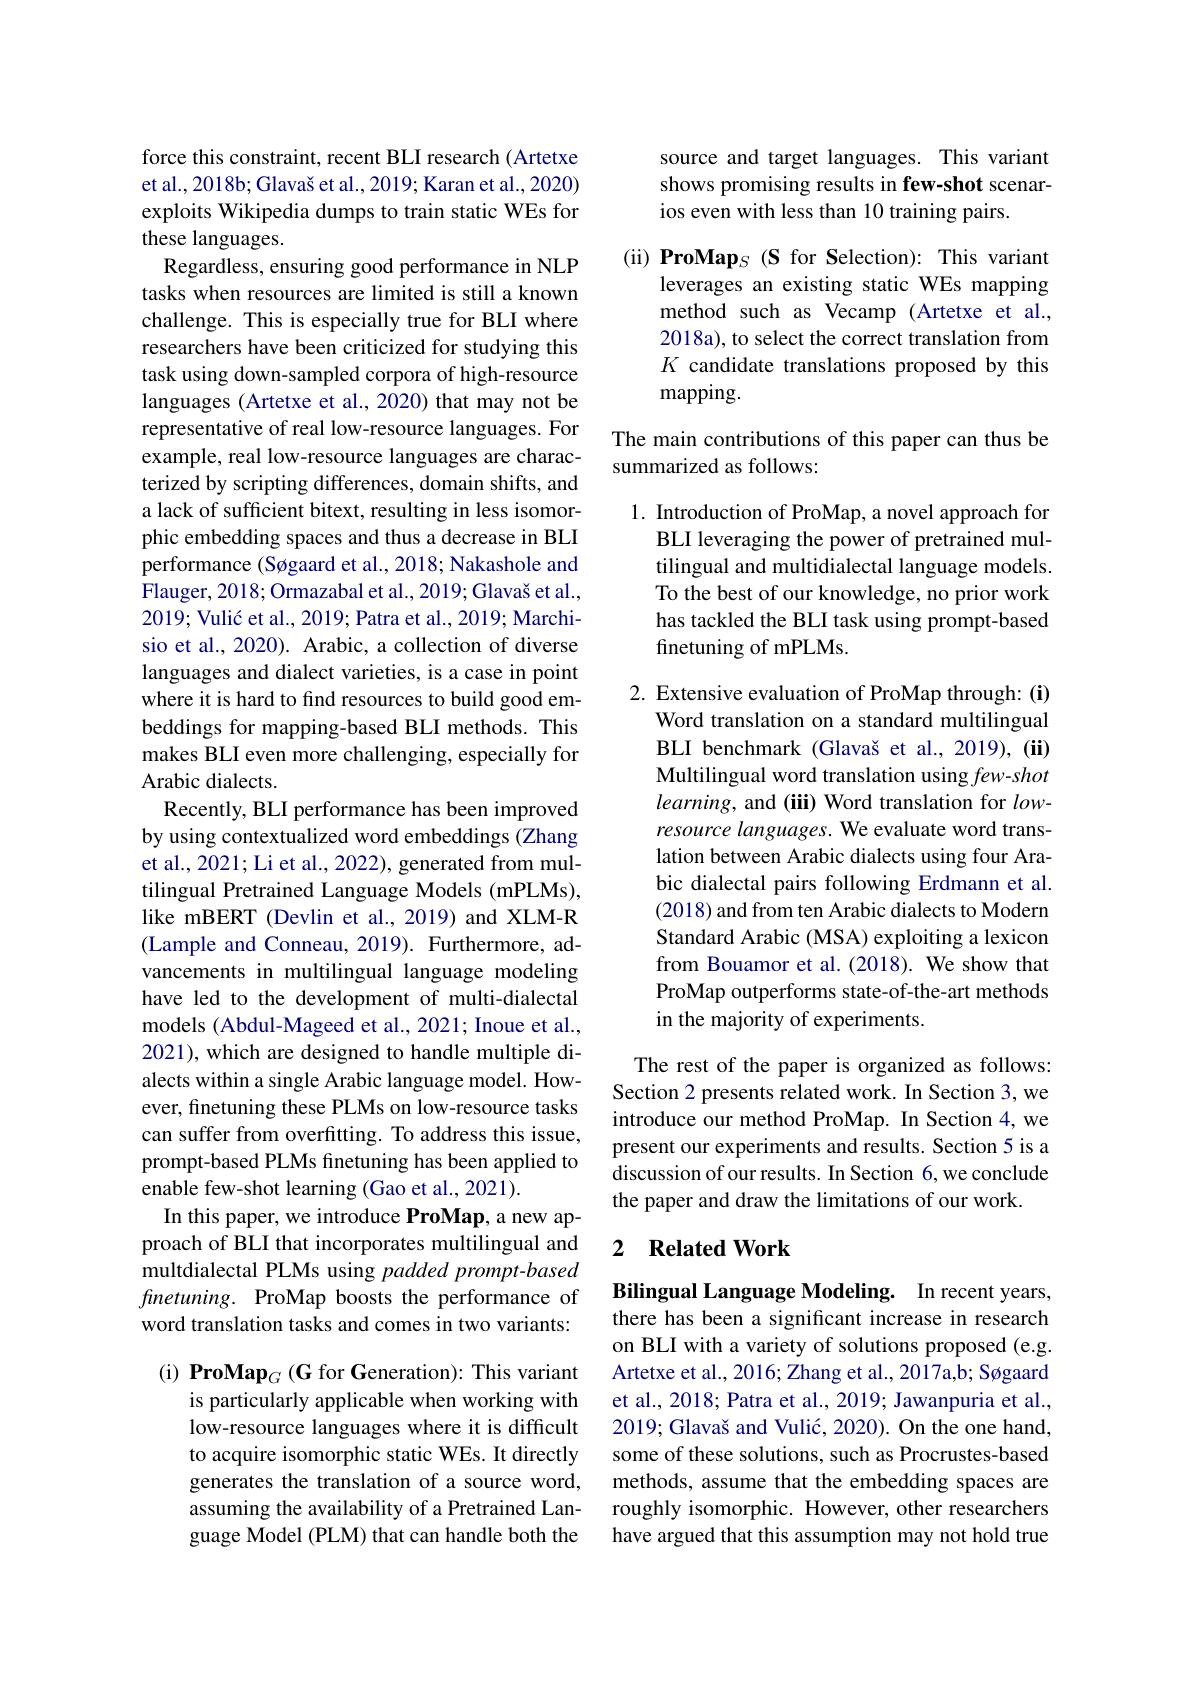
force this constraint, recent BLI research (Artetxe et al., 2018b; Glavaš et al., 2019; Karan et al., 2020) exploits Wikipedia dumps to train static WEs for these languages.
Regardless, ensuring good performance in NLP tasks when resources are limited is still a known challenge. This is especially true for BLI where researchers have been criticized for studying this task using down-sampled corpora of high-resource languages (Artetxe et al., 2020) that may not be representative of real low-resource languages. For example, real low-resource languages are characterized by scripting differences, domain shifts, and a lack of sufficient bitext, resulting in less isomorphic embedding spaces and thus a decrease in BLI performance (Søgaard et al., 2018; Nakashole and Flauger, 2018; Ormazabal et al., 2019; Glavaš et al., $2019; \text{ Vuli\' {c}etal. , 2019; Patraet al. , 2019; Marchi- }$ sio et al., 2020). Arabic, a collection of diverse languages and dialect varieties, is a case in point where it is hard to find resources to build good embeddings for mapping-based BLI methods. This makes BLI even more challenging, especially for Arabic dialects.
Recently, BLI performance has been improved by using contextualized word embeddings (Zhang et al., 2021; Li et al., 2022), generated from multilingual Pretrained Language Models (mPLMs), like mBERT (Devlin et al., 2019) and XLM-R (Lample and Conneau, 2019). Furthermore, advancements in multilingual language modeling have led to the development of multi-dialectal models (Abdul-Mageed et al., 2021; Inoue et al., 2021), which are designed to handle multiple dialects within a single Arabic language model. However, finetuning these PLMs on low-resource tasks can suffer from overfitting. To address this issue, prompt-based PLMs finetuning has been applied to enable few-shot learning (Gao et al., 2021).
In this paper, we introduce ProMap, a new approach of BLI that incorporates multilingual and multdialectal PLMs using padded prompt-based $fnetuning.$ ProMap boosts the performance of word translation tasks and comes in two variants: $\mathrm{(i)~ProMap}_{G}\left(\mathbf{G}\text{ for Generation}\right):$This variant

is particularly applicable when working with low-resource languages where it is difficult to acquire isomorphic static WEs. It directly generates the translation of a source word, assuming the availability of a Pretrained Language Model (PLM) that can handle both the

source and target languages. This variant shows promising results in few-shot scenarios even with less than 10 training pairs.

(ii) ProMaps (S for Selection): This variant
leverages an existing static WEs mapping method such as Vecamp (Artetxe et al., 2018a), to select the correct translation from $K$ candidate translations proposed by this mapping.

The main contributions of this paper can thus be
summarized as follows:

1. Introduction of ProMap, a novel approach for
BLI leveraging the power of pretrained multilingual and multidialectal language models. To the best of our knowledge, no prior work has tackled the BLI task using prompt-based finetuning of mPLMs

2. Extensive evaluation of ProMap through: (i)
Word translation on a standard multilingual BLI benchmark (Glavaš et al., 2019), (ii) Multilingual word translation using few-shot learning, and (iii) Word translation for $low-$ resource languages. We evaluate word translation between Arabic dialects using four Arabic dialectal pairs following Erdmann et al. (2018) and from ten Arabic dialects to Modern Standard Arabic (MSA) exploiting a lexicon from Bouamor et al.(2018). We show that ProMap outperforms state-of-the-art methods in the majority of experiments.

The rest of the paper is organized as follows: Section 2 presents related work. In Section 3, we introduce our method ProMap. In Section 4, we present our experiments and results. Section 5 is a discussion of our results. In Section 6, we conclude the paper and draw the limitations of our work.

### 2 $\textbf{Related Work}$

Bilingual Language Modeling. In recent years, there has been a significant increase in research on BLI with a variety of solutions proposed (e.g. Artetxe et al., 2016; Zhang et al., 2017a,b; Søgaard et al., 2018; Patra et al., 2019; Jawanpuria et al., 2019; Glavaš and Vulić, 2020). On the one hand, some of these solutions, such as Procrustes-based methods, assume that the embedding spaces are roughly isomorphic. However, other researchers have argued that this assumption may not hold true